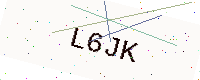
Text: L6JK